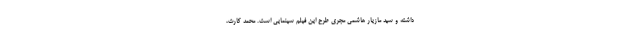
داشته و سید مازیار هاشمی مجری طرح این فیلم سینمایی است. محمد کارت،